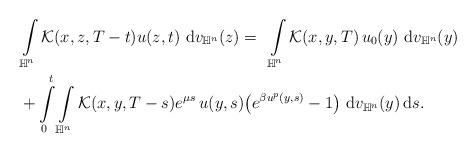
LaTeX: \begin{align*}& \int \limits_{\mathbb{H}^{n}}\mathcal{K}(x,z,T-t)u(z,t)~{\rm d}v_{\mathbb{H}^{n}}(z)=~\int \limits_{\mathbb{H}^{n}}\mathcal{K}(x,y,T) \, u_{0}(y)~{\rm d}v_{\mathbb{H}^{n}}(y) \\& +\int \limits_{0}^{t}\int \limits_{\mathbb{H}^{n}}\mathcal{K}(x,y,T-s)e^{\mu s} \, u(y,s)\big( e^{\beta u^{p}(y,s)}-1\big)~{\rm d}v_{\mathbb{H}^{n}}(y) \, {\rm d}s.\end{align*}